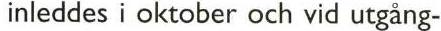
inleddes i oktober och vid utgång-